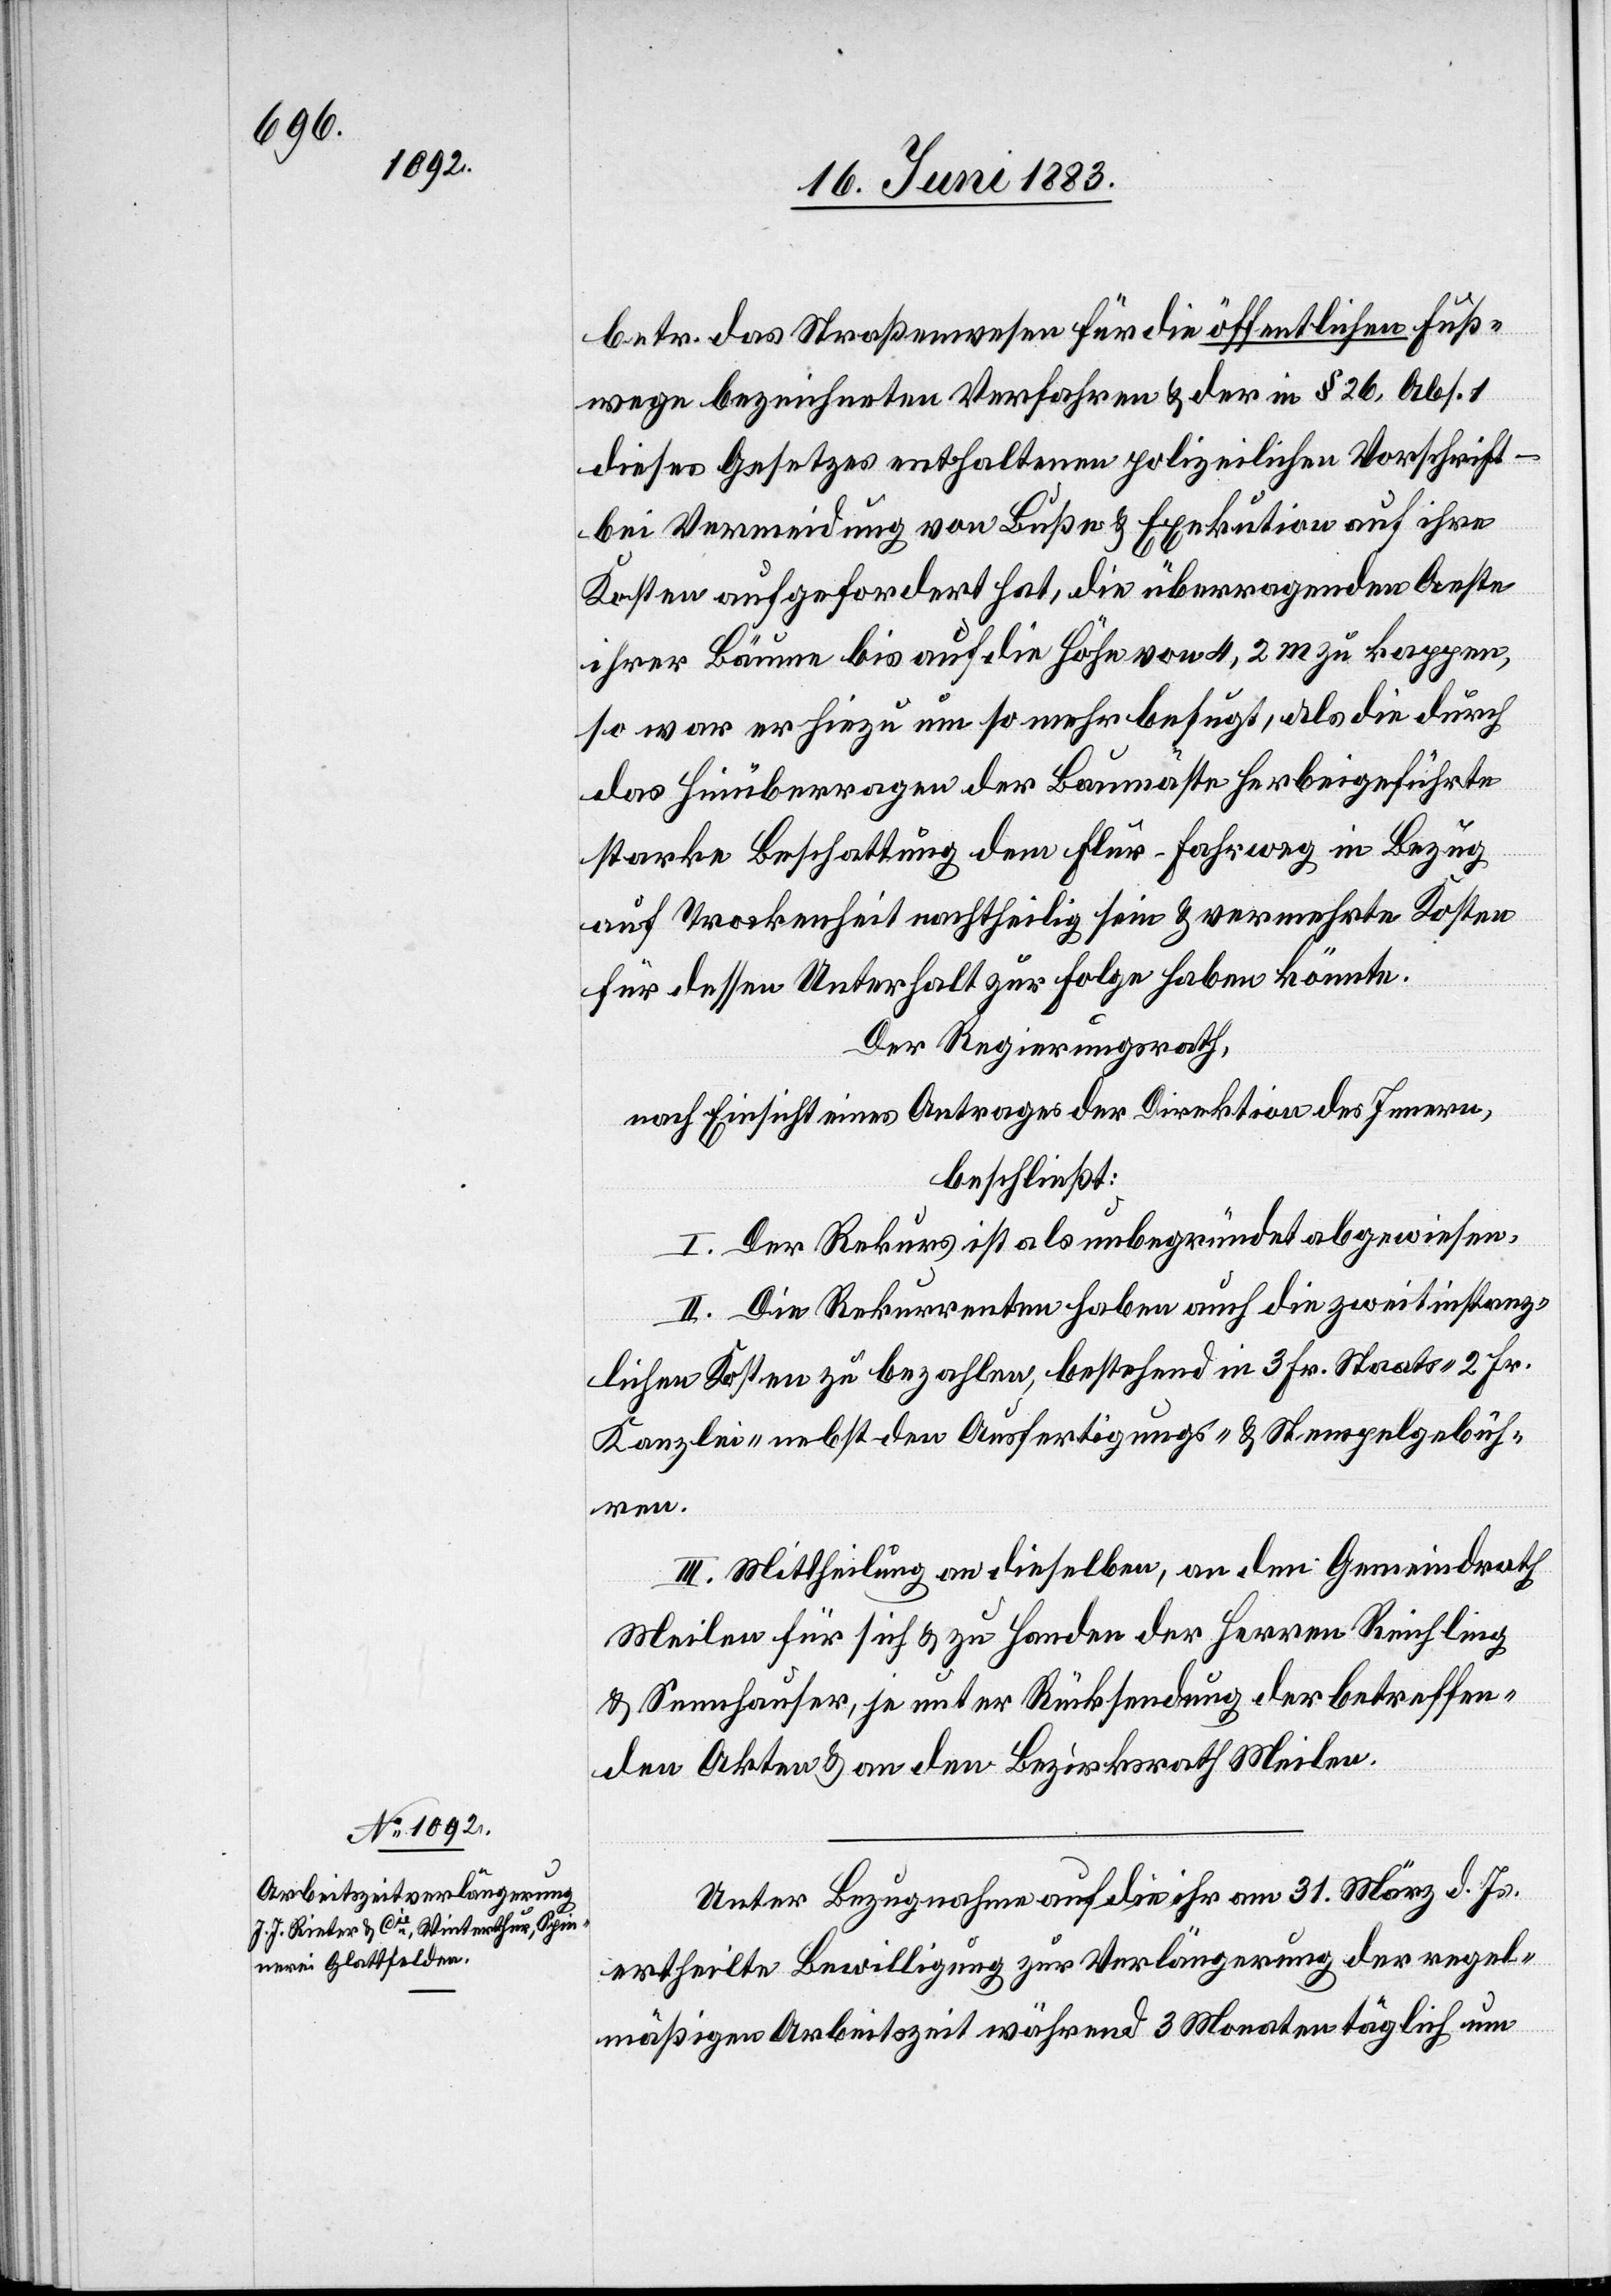
betr. das Straßenwesen für die öffentlichen Fuß¬
wege bezeichneten Verfahren & der in § 26, Abs. 1
dieses Gesetzes enthaltene polizeilichen Vorschrift –
bei Verminderung von Buße & Exekution auf ihre
Kosten aufgefordert hat, die überragenden Aeste
ihrer Bäume bis auf die Höhe von 4,2 m zu kappen,
so war er hiezu um so mehr befugt, als die durch
das Hinüberragen der Baumäste herbeigeführte
ren.
starke Beschattung den Flur-Fahrweg in Bezug
auf Trockenheit nachtheilig sein & vermehrte Kosten
für dessen Unterhalt zur Folge haben könnte.
Der Regierungsrath,
nach Einsicht eines Antrages der Direktion des Innern,
beschließt:
I. Der Rekurs ist als unbegründet abgewiesen.
II. Die Rekurrenten haben auch die zweitinstanz¬
lichen Kosten zu bezahlen, bestehend in 3 Fr. Staats-[,] 2 Fr.
Kanzlei- nebst den Ausfertigungs- und Stempelgebüh¬
III. Mittheilung an dieselben, an den Gemeindrath
Meilen für sich & zu Handen der Herren Reichling
& Sennhauser, je unter Rücksendung der betreffen¬
den Akten & an den Bezirksrath Meilen.
Unter Bezugnahme auf die ihr am 31. März d. Js.
ertheilte Bewilligung zur Verlängerung der regel¬
mäßigen Arbeitszeit während 3 Monaten täglich um